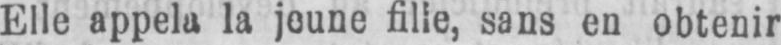
Elle appela la jeune fille, sans en obtenir